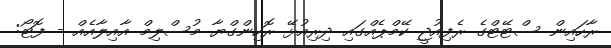
ރާހައިން ސްޓޭޓްގެ ރެފިއުޖީ ކޭމްޕެއްގައި ދިރިއުޅޭ ރޮހިންގްޔާ މުސްލިމް އާއިލާއެއް - ފޮޓޯ: